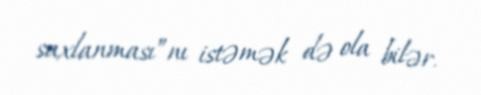
saxlanması”nı istəmək də ola bilər.